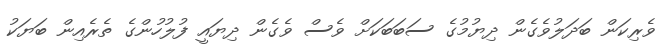
ވެރިކަން ބަދަލުވެގެން ދިޔުމުގެ ސަބަބަކަށް ވެސް ވެގެން ދިޔައީ ފުލުހުންގެ ތެރެއިން ބަޔަކު